Eestimaa_Kommunistliku_Partei_Keskkomitee, lk 39
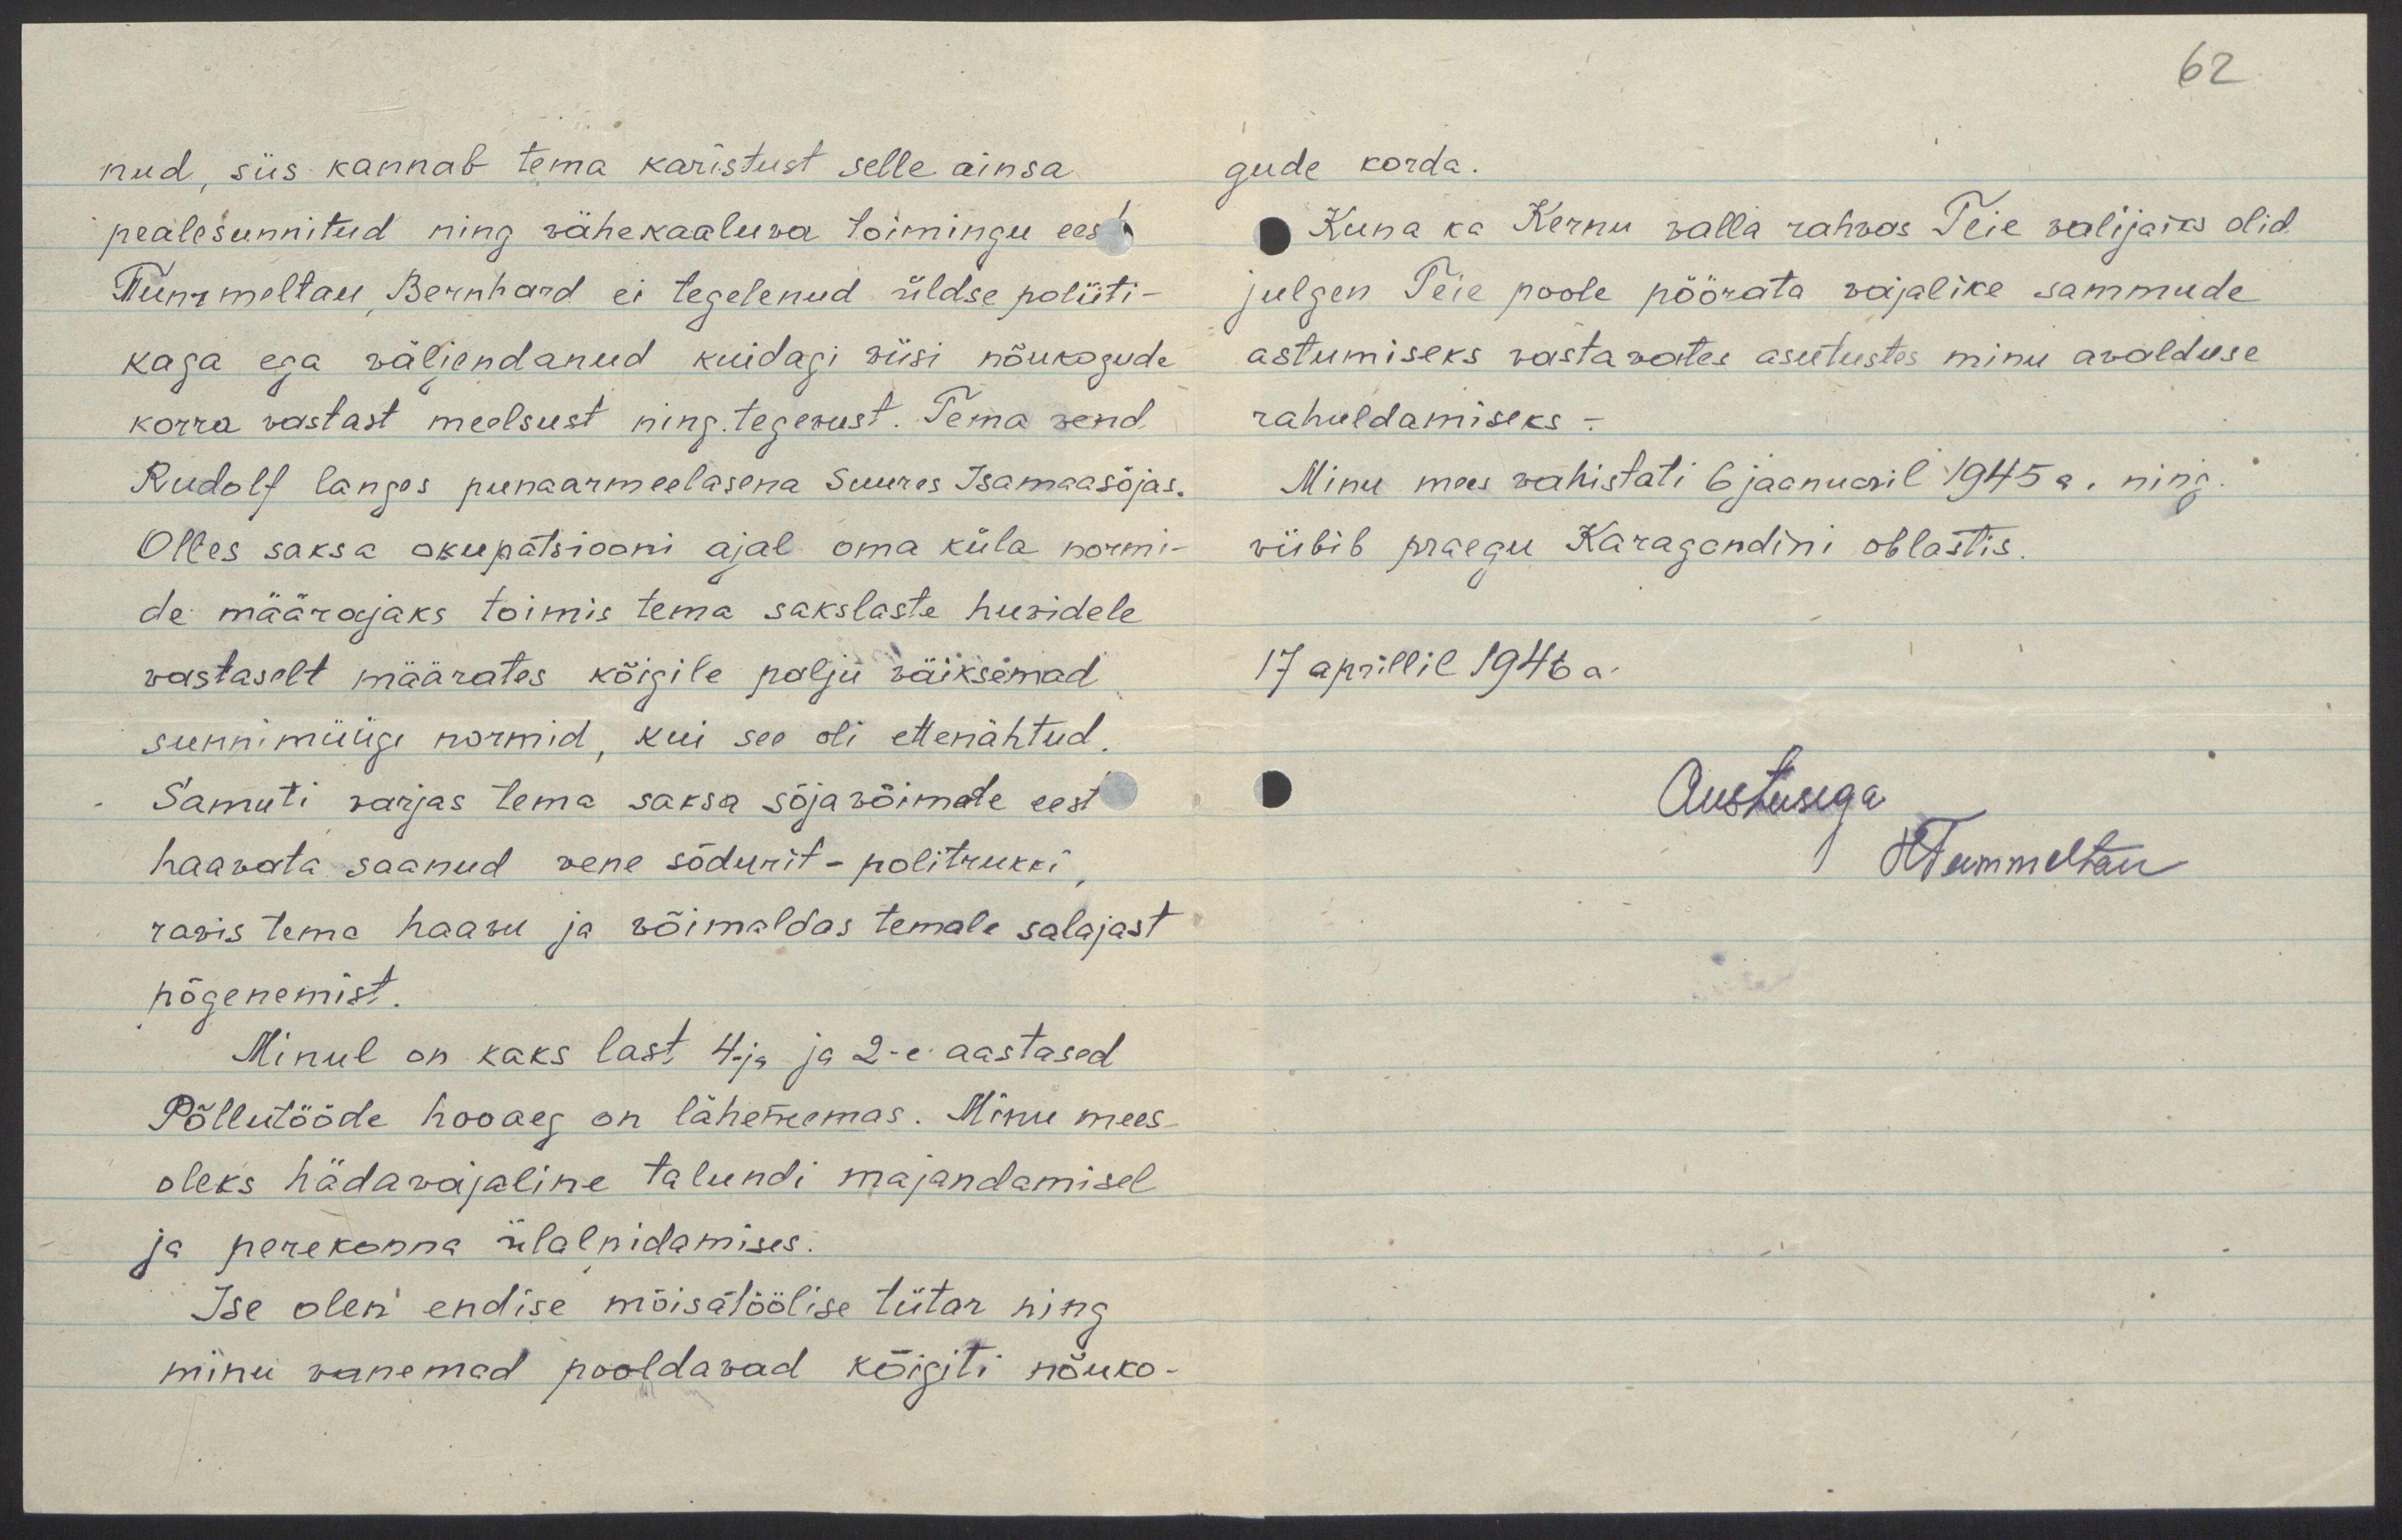
nud, siis kannab tema karistust selle ainsa
pealesunnitud ning vähekaaluva toimingu eest
Tummeltau, Bernhard ei tegelenud üldse poliiti-
kaga ega väljendanud kuidagi viisi nõukogude
korra vastast meelsust ning tegevust. Tema vend
Rudolf langes punaarmeelasena Suures Isamaasõjas.
Olles saksa okupatsiooni ajal oma küla normi-
de määrajaks toimis tema sakslaste huvidele
vastaselt määrates kõigile palju väiksemad
sunnimüügi normid, kui see oli ettenähtud.
Samuti varjas tema saksa sõjavõimude eest
haavata saanud vene sõdurit - politrukki
ravis tema haavu ja võimaldas temale salajast
põgenemist.
Minul on kaks last 4-ja ja 2-e aastased
Põllutööde hooaeg on lähenemas. Minu mees
oleks hädavajaline talundi majandamisel
ja perekonna ülalpidamises.
Ise olen endise mõisatöölise tütar ning
minu vanemad pooldavad kõigiti nõuko-

62
gude korda.
Kuna ka Kernu valla rahvas Teie valijaiks olid
julgen Teie poole pöörata vajalike sammude
astumiseks vastavates asutustes minu avalduse
rahuldamiseks. -
Minu mees vahistati 6 jaanuaril 1945 a. ning
viibib praegu Karagandini oblastis.
17 aprillil 1946 a.
Austusega
HTummeltau